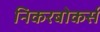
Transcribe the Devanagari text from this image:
निकरबोकर्स